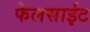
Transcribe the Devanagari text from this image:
फेलसाईट